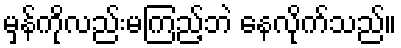
မှန်ကိုလည်းမကြည့်ဘဲ နေလိုက်သည်။